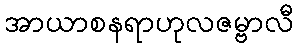
အာယာစနရာဟုလဇမ္ဗာလီ